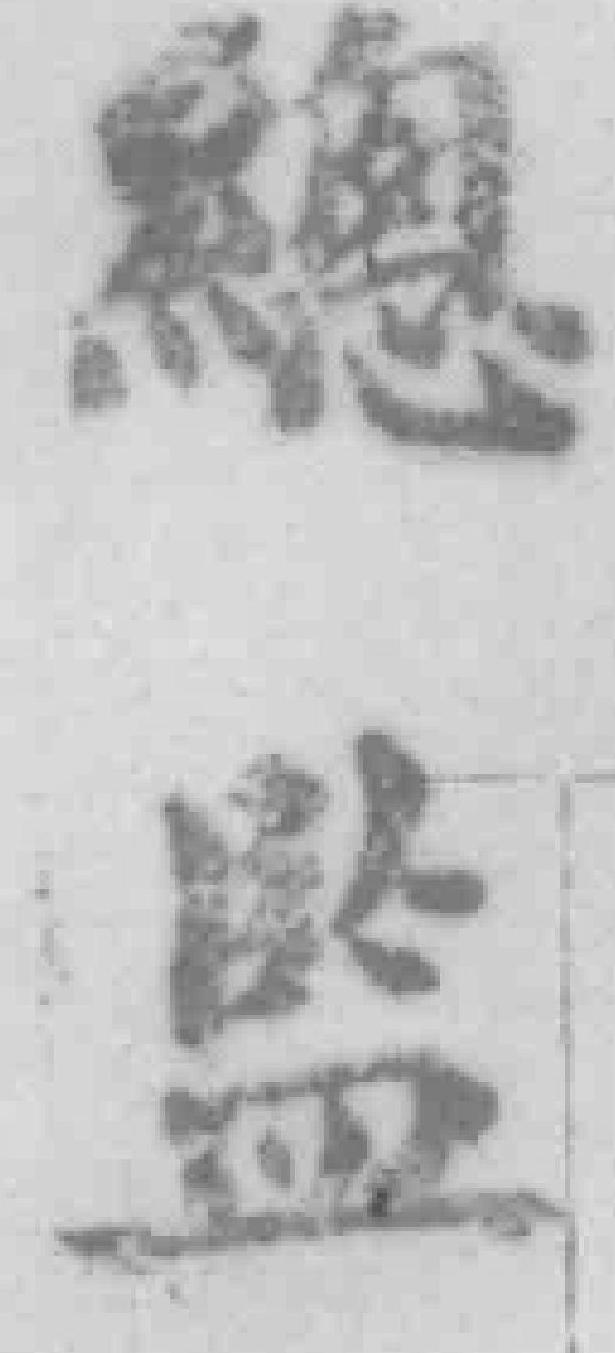
總監